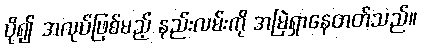
ပို၍ အလုပ်ဖြစ်မည့် နည်းလမ်းကို အမြဲရှာနေတတ်သည်။